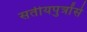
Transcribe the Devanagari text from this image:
सतीयपुत्रोंसे